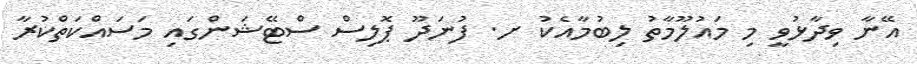
އޭނާ ވިދާޅުވީ މި މައުލޫމާތު ލިބުމާއެކު ށ. ފުނަދޫ ޕޮލިސް ސްޓޭޝަންގައި މަސައްކަތްކުރާ